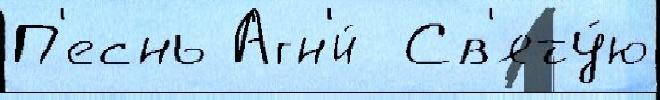
П'еснь Агн'и́  Св'яту́ю